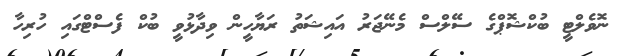
ނޮވެލްޓީ ބުކްޝޮޕްގެ ސޭލްސް މެނޭޖަރު އައިޝަތު ރަޔާހީން ވިދާޅުވީ ބުކް ފެސްޓްގައި ހުރިހާ